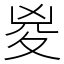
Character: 㚇